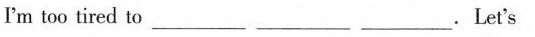
I'm too tired to___ ___ ___.Let's